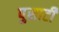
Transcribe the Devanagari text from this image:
पुसाटी